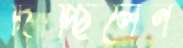
দিচ্ছিলেন